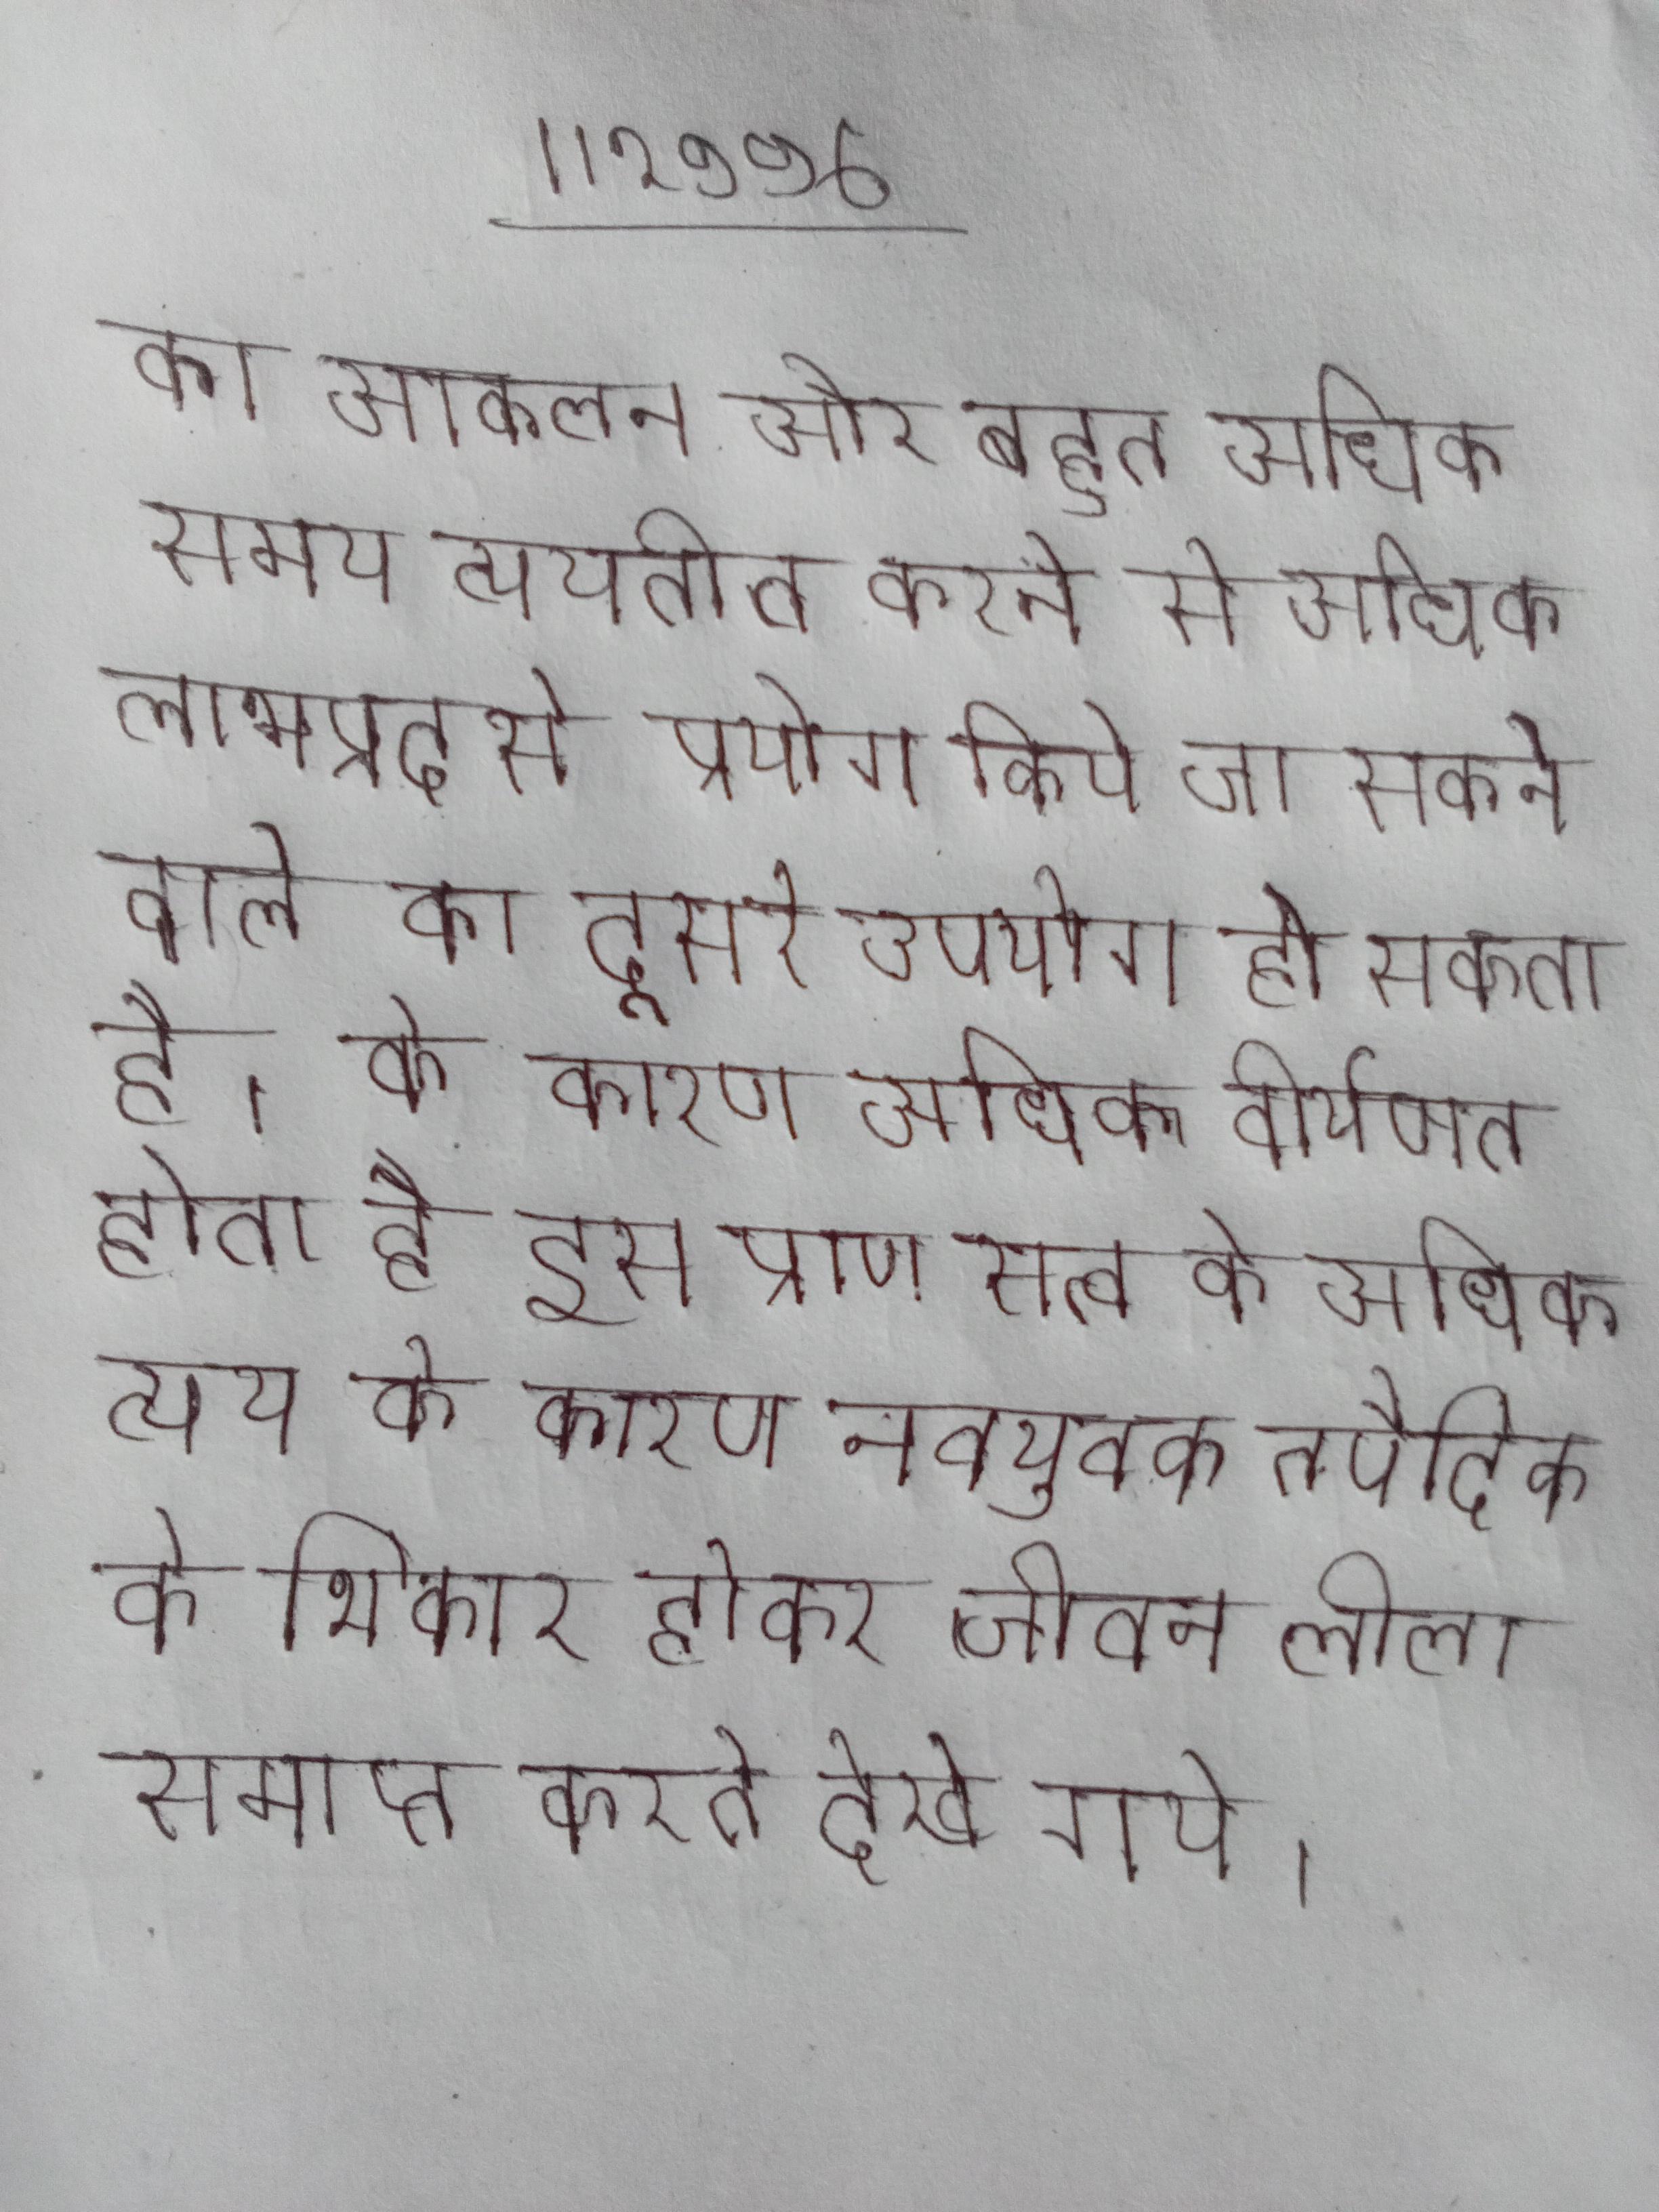
का आकलन और बहुत अधिक समय व्ययतीत करने से अधिक लाभप्रद से प्रयोग किये जा सकने वाले का दूसरे उपयोग हो सकता है । के कारण अधिक वीर्यपात होता है, इस प्राण सत्व के अधिक व्यय के कारण नवयुवक तपैदिक के शिकार होकर जीवन लीला समाप्त करते देखे गये ।